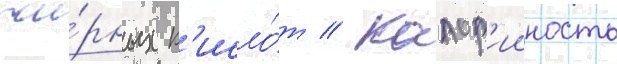
жи́рных к'исло́т // Калор'ииность